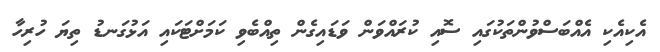
އެކިއެކި އެއްބަސްވުންތަކުގައި ސޮއި ކުރައްވަން ވަޑައިގެން ތިއްބެވި ކަމަށްޓަކައި އަޅުގަނޑު ތިޔަ ހުރިހާ